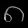
Digit: ၈